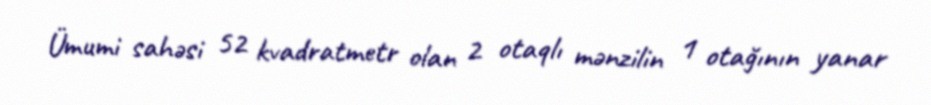
Ümumi sahəsi 52 kvadratmetr olan 2 otaqlı mənzilin 1 otağının yanar